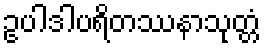
ဥပါဒါပရိတဿနာသုတ္တံ